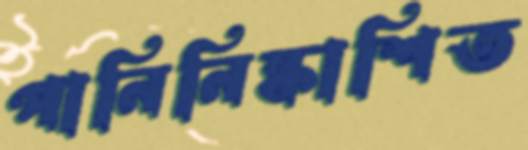
পানিনিষ্কাশিত